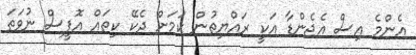
އެންމެ އިސް އެޖެންޑާ އަކީ ރައްޔިތުން ކަމަށް ދެކޭ ކިތައް އޮފީސް ނުވަތަ